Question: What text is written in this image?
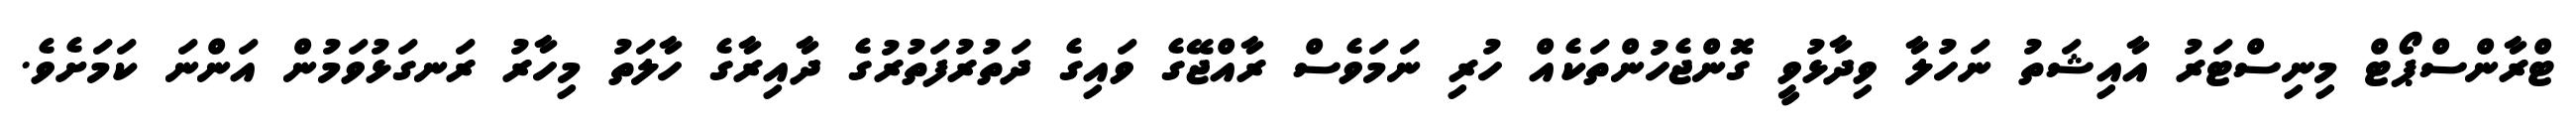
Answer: ޓްރާންސްޕޯޓް މިނިސްޓަރު އާއިޝަތު ނަހުލާ ވިދާޅުވީ ގޮންޖެހުންތަކެއް ހުރި ނަމަވެސް ރާއްޖޭގެ ވައިގެ ދަތުރުފަތުރުގެ ދާއިރާގެ ހާލަތު މިހާރު ރަނގަޅުވަމުން އަންނަ ކަމަށެވެ.